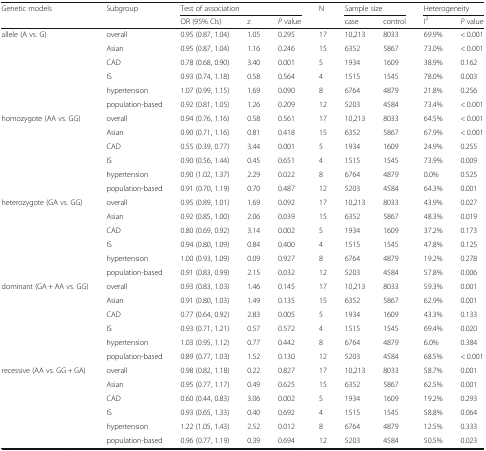
<table><thead><tr><td rowspan="2"><b>Genetic models</b></td><td rowspan="2"><b>Subgroup</b></td><td colspan="3"><b>Test of association</b></td><td rowspan="2"><b>N</b></td><td colspan="2"><b>Sample size</b></td><td colspan="2"><b>Heterogeneity</b></td></tr><tr><td><b>OR (95% CIs)</b></td><td><b>z</b></td><td><b><i>P</i> value</b></td><td><b>case</b></td><td><b>control</b></td><td><b>I<sup>2</sup></b></td><td><b><i>P</i> value</b></td></tr></thead><tbody><tr><td rowspan="6">allele (A vs. G)</td><td>overall</td><td>0.95 (0.87, 1.04)</td><td>1.05</td><td>0.295</td><td>17</td><td>10,213</td><td>8033</td><td>69.9%</td><td>&lt; 0.001</td></tr><tr><td>Asian</td><td>0.95 (0.87, 1.04)</td><td>1.16</td><td>0.246</td><td>15</td><td>6352</td><td>5867</td><td>73.0%</td><td>&lt; 0.001</td></tr><tr><td>CAD</td><td>0.78 (0.68, 0.90)</td><td>3.40</td><td>0.001</td><td>5</td><td>1934</td><td>1609</td><td>38.9%</td><td>0.162</td></tr><tr><td>IS</td><td>0.93 (0.74, 1.18)</td><td>0.58</td><td>0.564</td><td>4</td><td>1515</td><td>1545</td><td>78.0%</td><td>0.003</td></tr><tr><td>hypertension</td><td>1.07 (0.99, 1.15)</td><td>1.69</td><td>0.090</td><td>8</td><td>6764</td><td>4879</td><td>21.8%</td><td>0.256</td></tr><tr><td>population-based</td><td>0.92 (0.81, 1.05)</td><td>1.26</td><td>0.209</td><td>12</td><td>5203</td><td>4584</td><td>73.4%</td><td>&lt; 0.001</td></tr><tr><td rowspan="6">homozygote (AA vs. GG)</td><td>overall</td><td>0.94 (0.76, 1.16)</td><td>0.58</td><td>0.561</td><td>17</td><td>10,213</td><td>8033</td><td>64.5%</td><td>&lt; 0.001</td></tr><tr><td>Asian</td><td>0.90 (0.71, 1.16)</td><td>0.81</td><td>0.418</td><td>15</td><td>6352</td><td>5867</td><td>67.9%</td><td>&lt; 0.001</td></tr><tr><td>CAD</td><td>0.55 (0.39, 0.77)</td><td>3.44</td><td>0.001</td><td>5</td><td>1934</td><td>1609</td><td>24.9%</td><td>0.255</td></tr><tr><td>IS</td><td>0.90 (0.56, 1.44)</td><td>0.45</td><td>0.651</td><td>4</td><td>1515</td><td>1545</td><td>73.9%</td><td>0.009</td></tr><tr><td>hypertension</td><td>0.90 (1.02, 1.37)</td><td>2.29</td><td>0.022</td><td>8</td><td>6764</td><td>4879</td><td>0.0%</td><td>0.525</td></tr><tr><td>population-based</td><td>0.91 (0.70, 1.19)</td><td>0.70</td><td>0.487</td><td>12</td><td>5203</td><td>4584</td><td>64.3%</td><td>0.001</td></tr><tr><td rowspan="6">heterozygote (GA vs. GG)</td><td>overall</td><td>0.95 (0.89, 1.01)</td><td>1.69</td><td>0.092</td><td>17</td><td>10,213</td><td>8033</td><td>43.9%</td><td>0.027</td></tr><tr><td>Asian</td><td>0.92 (0.85, 1.00)</td><td>2.06</td><td>0.039</td><td>15</td><td>6352</td><td>5867</td><td>48.3%</td><td>0.019</td></tr><tr><td>CAD</td><td>0.80 (0.69, 0.92)</td><td>3.14</td><td>0.002</td><td>5</td><td>1934</td><td>1609</td><td>37.2%</td><td>0.173</td></tr><tr><td>IS</td><td>0.94 (0.80, 1.09)</td><td>0.84</td><td>0.400</td><td>4</td><td>1515</td><td>1545</td><td>47.8%</td><td>0.125</td></tr><tr><td>hypertension</td><td>1.00 (0.93, 1.09)</td><td>0.09</td><td>0.927</td><td>8</td><td>6764</td><td>4879</td><td>19.2%</td><td>0.278</td></tr><tr><td>population-based</td><td>0.91 (0.83, 0.99)</td><td>2.15</td><td>0.032</td><td>12</td><td>5203</td><td>4584</td><td>57.8%</td><td>0.006</td></tr><tr><td rowspan="6">dominant (GA + AA vs. GG)</td><td>overall</td><td>0.93 (0.83, 1.03)</td><td>1.46</td><td>0.145</td><td>17</td><td>10,213</td><td>8033</td><td>59.3%</td><td>0.001</td></tr><tr><td>Asian</td><td>0.91 (0.80, 1.03)</td><td>1.49</td><td>0.135</td><td>15</td><td>6352</td><td>5867</td><td>62.9%</td><td>0.001</td></tr><tr><td>CAD</td><td>0.77 (0.64, 0.92)</td><td>2.83</td><td>0.005</td><td>5</td><td>1934</td><td>1609</td><td>43.3%</td><td>0.133</td></tr><tr><td>IS</td><td>0.93 (0.71, 1.21)</td><td>0.57</td><td>0.572</td><td>4</td><td>1515</td><td>1545</td><td>69.4%</td><td>0.020</td></tr><tr><td>hypertension</td><td>1.03 (0.95, 1.12)</td><td>0.77</td><td>0.442</td><td>8</td><td>6764</td><td>4879</td><td>6.0%</td><td>0.384</td></tr><tr><td>population-based</td><td>0.89 (0.77, 1.03)</td><td>1.52</td><td>0.130</td><td>12</td><td>5203</td><td>4584</td><td>68.5%</td><td>&lt; 0.001</td></tr><tr><td rowspan="6">recessive (AA vs. GG + GA)</td><td>overall</td><td>0.98 (0.82, 1.18)</td><td>0.22</td><td>0.827</td><td>17</td><td>10,213</td><td>8033</td><td>58.7%</td><td>0.001</td></tr><tr><td>Asian</td><td>0.95 (0.77, 1.17)</td><td>0.49</td><td>0.625</td><td>15</td><td>6352</td><td>5867</td><td>62.5%</td><td>0.001</td></tr><tr><td>CAD</td><td>0.60 (0.44, 0.83)</td><td>3.06</td><td>0.002</td><td>5</td><td>1934</td><td>1609</td><td>19.2%</td><td>0.293</td></tr><tr><td>IS</td><td>0.93 (0.65, 1.33)</td><td>0.40</td><td>0.692</td><td>4</td><td>1515</td><td>1545</td><td>58.8%</td><td>0.064</td></tr><tr><td>hypertension</td><td>1.22 (1.05, 1.43)</td><td>2.52</td><td>0.012</td><td>8</td><td>6764</td><td>4879</td><td>12.5%</td><td>0.333</td></tr><tr><td>population-based</td><td>0.96 (0.77, 1.19)</td><td>0.39</td><td>0.694</td><td>12</td><td>5203</td><td>4584</td><td>50.5%</td><td>0.023</td></tr></tbody></table>